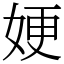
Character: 㛐